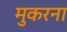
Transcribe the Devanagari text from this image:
मुकरना